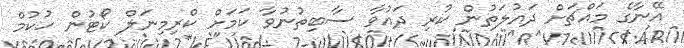
އޭނާގެ މައްޗަށް ދައުލަތުން ކުރި ދައުވާ ސާބިތުނުވާ ކަމަށް ކްރިމިނަލް ކޯޓުން ހުކުމް